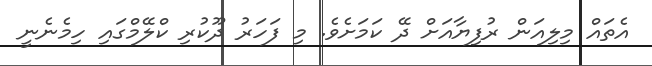
އެތައް މިލިއަން ރުފިޔާއަށް ދޭ ކަމަށެވެ. މި ފަހަރު ދޫކުރި ކްލޭމްގައި ހިމެނެނީ